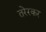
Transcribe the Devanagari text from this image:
तरेरकर